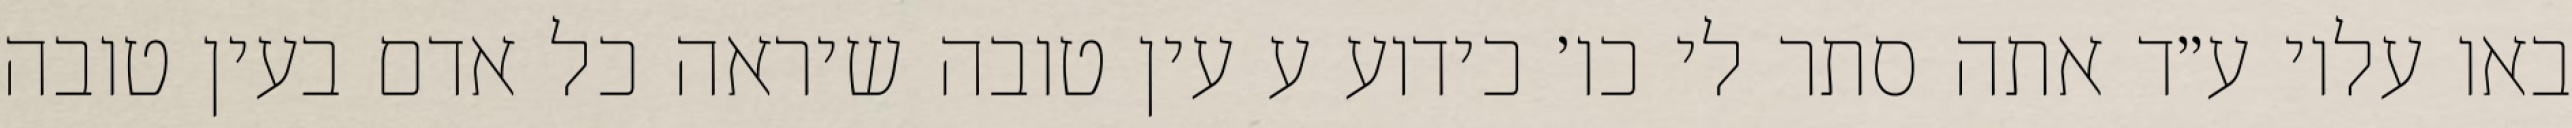
באו עליו ע״ד אתה סתר לי כו׳ כידוע ע עין טובה שיראה כל אדם בעין טובה